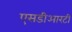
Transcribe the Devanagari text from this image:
एसडीआरटी